Vaccine operations Central Provinces 1886-1899 - 1886-1899
Year: 1886
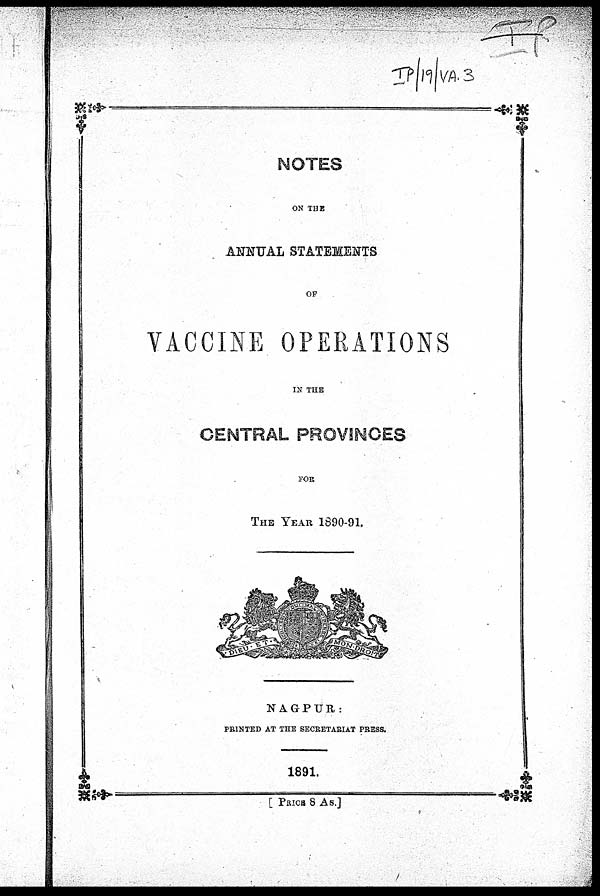
NOTES
ON THE
ANNUAL STATEMENTS
OF
VACCINE OPERATIONS
IN THE
CENTRAL PROVINCES
FOR
THE YEAR 1890-91.
NAGPUR:
PRINTED AT THE SECRETARIAT PRESS.
1891.
[ PRICE 8 As.]